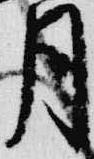
月